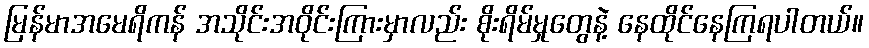
မြန်မာအမေရိကန် အသိုင်းအဝိုင်းကြားမှာလည်း စိုးရိမ်မှုတွေနဲ့ နေထိုင်နေကြရပါတယ်။